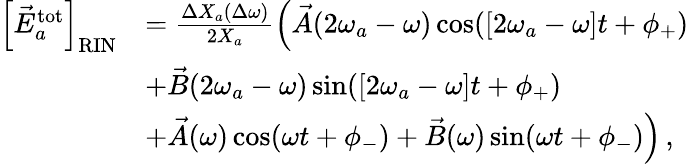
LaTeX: \begin{array}{rl}{\left[\vec{E}_{a}^{\mathrm{tot}}\right]_{\mathrm{RIN}}}&{=\frac{\Delta X_{a}(\Delta\omega)}{2X_{a}}\left(\vec{A}(2\omega_{a}-\omega)\cos([2\omega_{a}-\omega]t+\phi_{+})\right.}\\ &{\left.+\vec{B}(2\omega_{a}-\omega)\sin([2\omega_{a}-\omega]t+\phi_{+})\right.\, }\\ &{\left.+\vec{A}(\omega)\cos(\omega t+\phi_{-})+\vec{B}(\omega)\sin(\omega t+\phi_{-})\right)\, ,}\end{array}